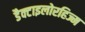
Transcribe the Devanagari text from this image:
डैक्टाइलोरहिज्म